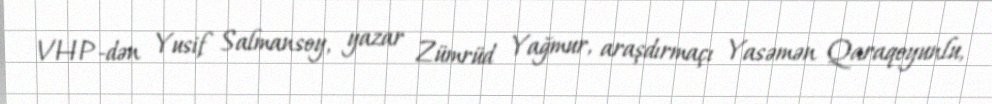
VHP-dən Yusif Salmansoy, yazar Zümrüd Yağmur, araşdırmaçı Yasəmən Qaraqoyunlu,